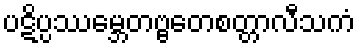
ပဋိပ္ပဿမ္ဘေတဗ္ဗတေစတ္တာလီသကံ